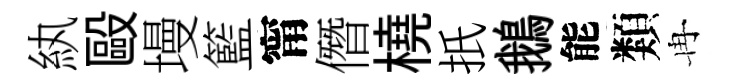
紈毆墁籃甯僭橈扺鵝能類冉